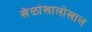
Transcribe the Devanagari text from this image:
खेळांखालोखाल